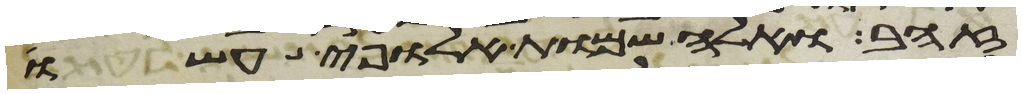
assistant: זהב ואלה שמות אלופי עשו